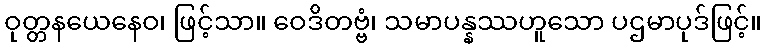
ဝုတ္တနယေနေဝ၊ ဖြင့်သာ။ ဝေဒိတဗ္ဗံ၊ သမာပန္နဿဟူသော ပဌမာပုဒ်ဖြင့်။